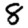
Digit: 8